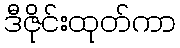
ဒီဇိုင်းထုတ်ကာ